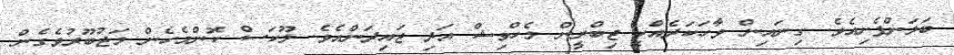
ބަލަންފެށިއެވެ. ގިނައިން ވާހަކަދެއްކީ ޖިބްރީން މެހްވިޝް އަދި ޖައިދަންއެވެ. ލޫކަސް ކޮންމެހެން މަޖުބޫރުވެގެން